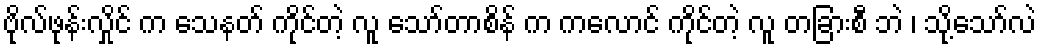
ဗိုလ်ဖုန်းလှိုင် က သေနတ် ကိုင်တဲ့ လူ သော်တာစိန် က ကလောင် ကိုင်တဲ့ လူ တခြားစီ ဘဲ ၊ သို့သော်လဲ